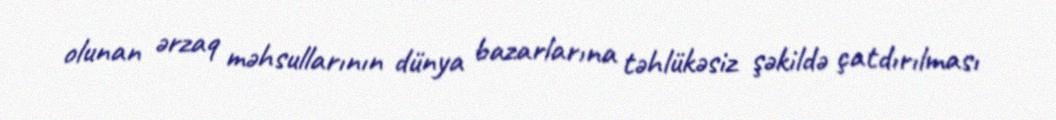
olunan ərzaq məhsullarının dünya bazarlarına təhlükəsiz şəkildə çatdırılması